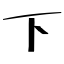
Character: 下